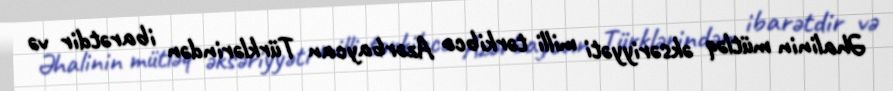
Əhalinin mütləq əksəriyyəti milli tərkibcə Azərbaycan Türklərindən ibarətdir və